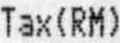
TAX(RM)